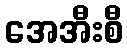
အေအီးစီ